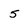
Character: 5